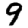
Digit: 9